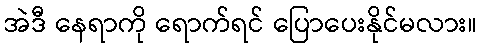
အဲဒီ နေရာကို ရောက်ရင် ပြောပေးနိုင်မလား။